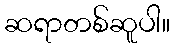
ဆရာတစ်ဆူပါ။